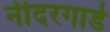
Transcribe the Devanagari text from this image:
नीदरगार्ड